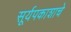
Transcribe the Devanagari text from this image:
सूर्यपकाशाचे